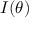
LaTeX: { \cal { I } } ( \theta )